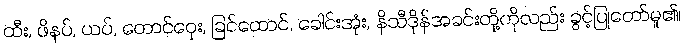
ထီး, ဖိနပ်, ယပ်, တောင်ဝှေး, ခြင်ထောင်, ခေါင်းအုံး, နိသီဒိုန်အခင်းတို့ကိုလည်း ခွင့်ပြုတော်မူ၏၊